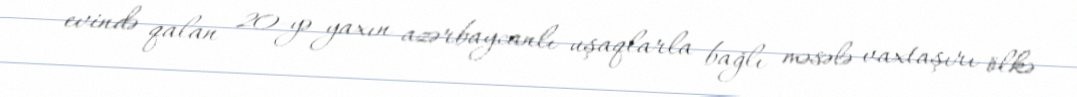
evində qalan 20-yə yaxın azərbaycanlı uşaqlarla bağlı məsələ vaxtaşırı ölkə